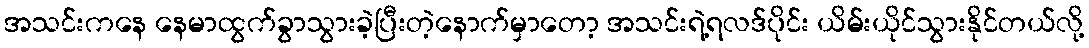
အသင်းကနေ နေမာထွက်ခွာသွားခဲ့ပြီးတဲ့နောက်မှာတော့ အသင်းရဲ့ရလဒ်ပိုင်း ယိမ်းယိုင်သွားနိုင်တယ်လို့